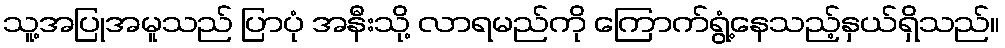
သူ့အပြုအမူသည် ပြာပုံ အနီးသို့ လာရမည်ကို ကြောက်ရွံ့နေသည့်နှယ်ရှိသည်။